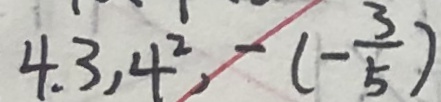
4 , 3 , 4 , ^ { 2 } - ( - \frac { 3 } { 5 } )